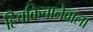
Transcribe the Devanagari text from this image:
हिचकिचानेवाला